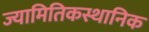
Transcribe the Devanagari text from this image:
ज्यामितिकस्थानिक